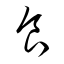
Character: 食